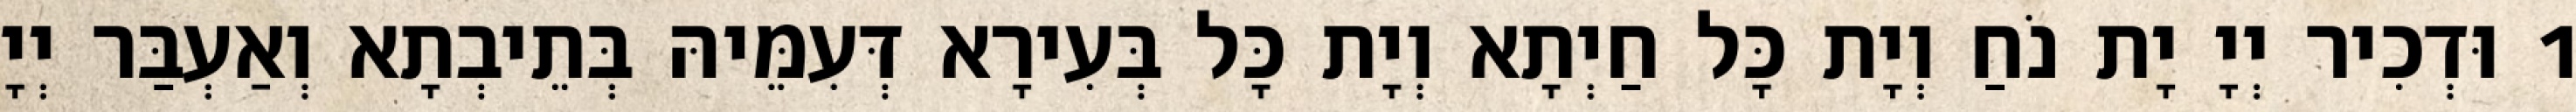
1 וּדְכִיר יְיָ יָת נֹחַ וְיָת כָּל חַיְתָא וְיָת כָּל בְּעִירָא דְּעִמֵּיהּ בְּתֵיבְתָא וְאַעְבַּר יְיָ